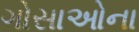
ગોસાઓના